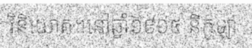
វិនិយោគ។នៅឆ្នាំ១៩១៥ នីកូឡា